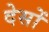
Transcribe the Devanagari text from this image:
देसों